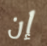
إن